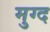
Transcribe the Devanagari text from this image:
मुग्द